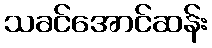
သခင်အောင်ဆန်း